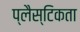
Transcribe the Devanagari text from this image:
प्लैस्टिकता